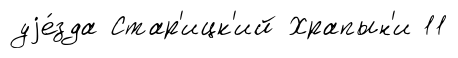
уjе́зда Стар'ицк'ий Храпын'и 11